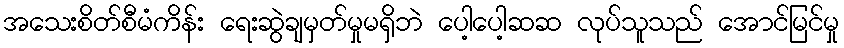
အသေးစိတ်စီမံကိန်း ရေးဆွဲချမှတ်မှုမရှိဘဲ ပေါ့ပေါ့ဆဆ လုပ်သူသည် အောင်မြင်မှု